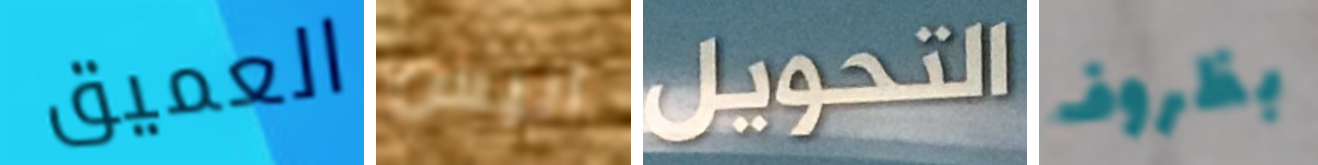
العميق أليس التحويل بظروف